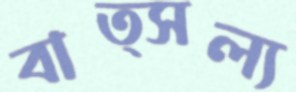
বাত্সল্য